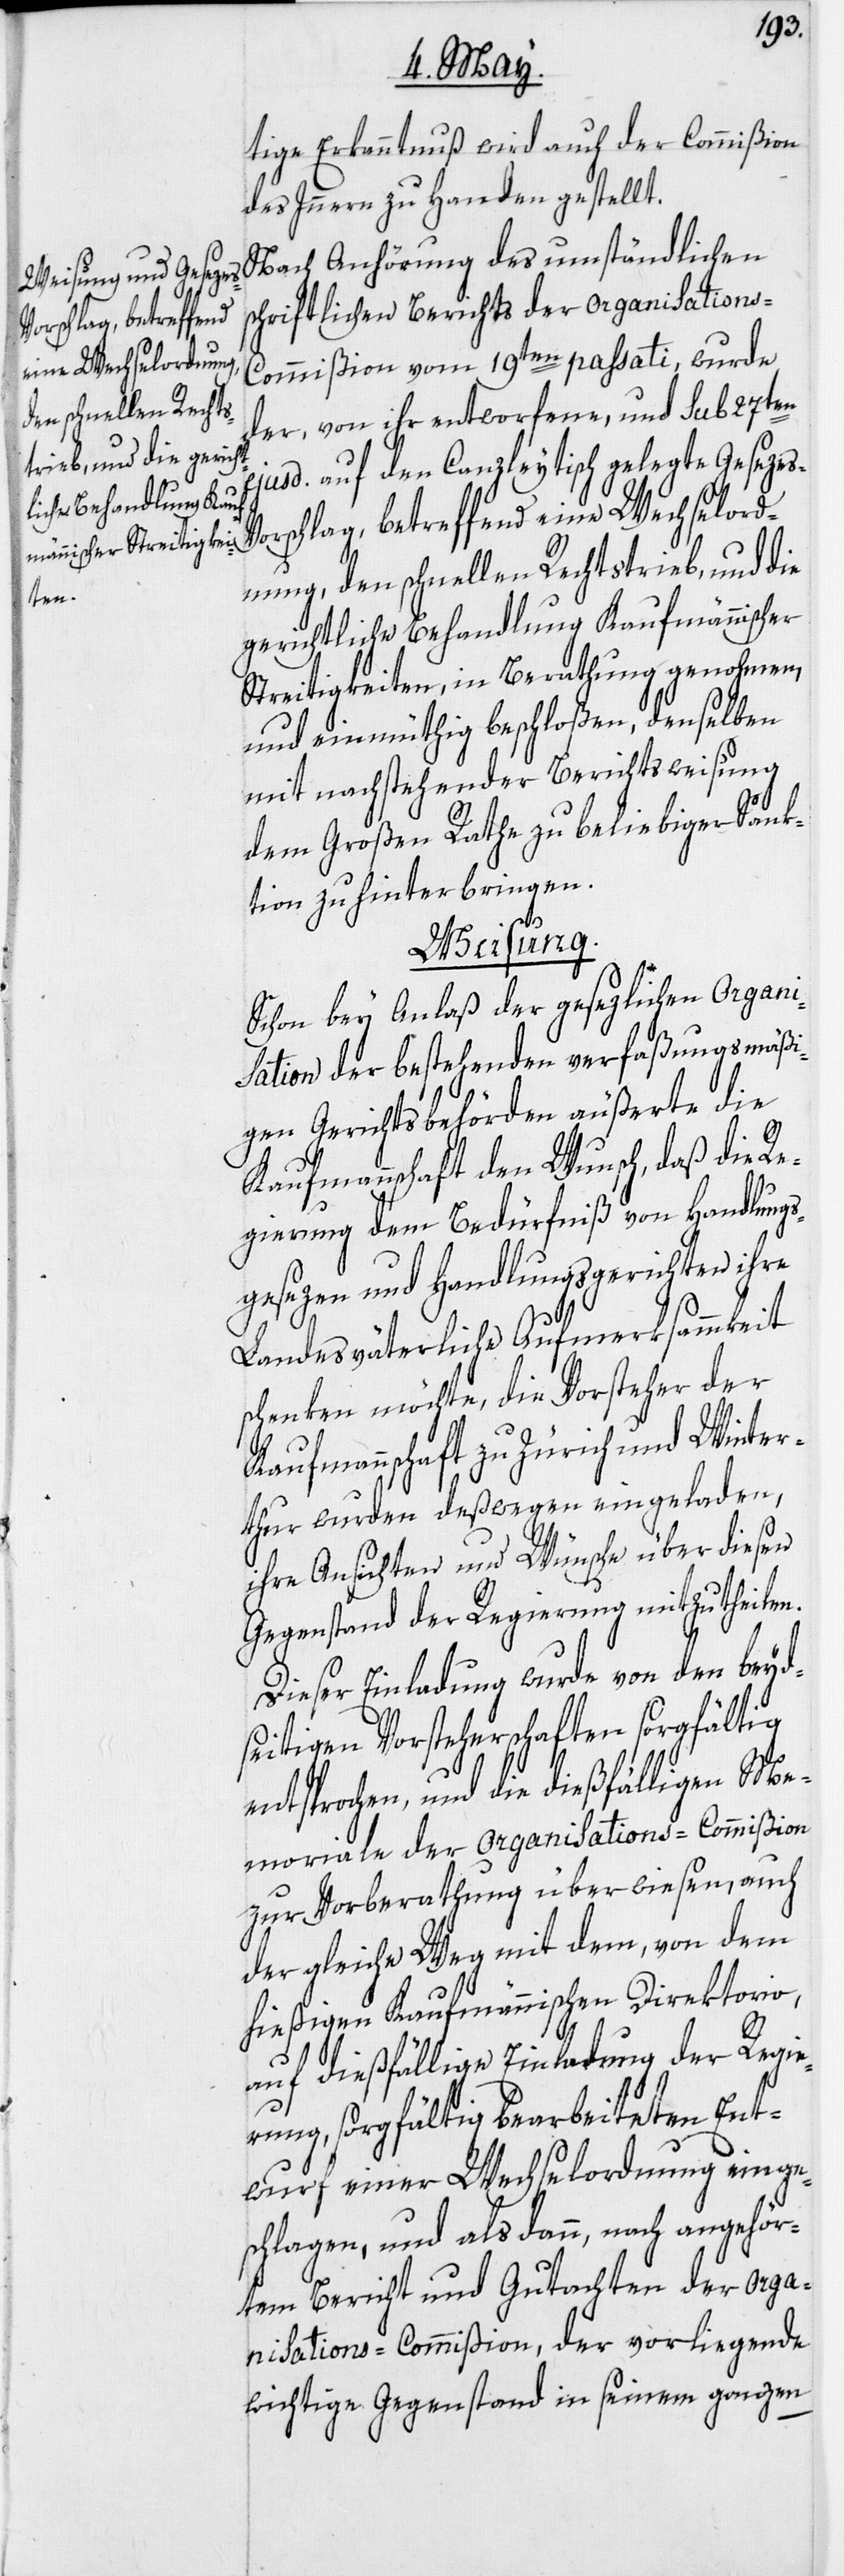
s-V¬
tige Erkanntnuß wird auch der Commißion
des Innern zu Handen gestellt.
Nach Anhörung des umständlichen
schriftlichen Berichts der Organisation¬
s-Commißion vom 19ten passati, wurde
der, von ihr entworfene, und sub 27ten
jusd. auf den Canzleytisch gelegte Geseze¬
orschlag, betreffend eine Wechselord¬
nung, den schnellen Rechtstrieb, und die
gerichtliche Behandlung Kaufmännischer
Streitigkeiten, in Berathung genohmen,
und einmüthig beschloßen, denselben
mit nachstehender Berichtsweisung
dem Großen Rathe zu beliebiger Sank¬
tion zu hinterbringen.
e¬
Weisung.
Schon bey Anlaß der gesezlichen Organi¬
sation der bestehenden verfaßungsmäßi¬
gen Gerichtsbehörden äußerte die
Kaufmannschaft den Wunsch, daß die Re¬
gierung dem Bedürfniß von Handlungs¬
gesezen und Handlungsgerichten ihre
Landesväterliche Aufmerksammkeit
schenken möchte, die Vorsteher der
Kaufmannschaft zu Zürich und Winter¬
thur wurden deßwegen eingeladen,
ihre Ansichten und Wünsche über diesen
Gegenstand der Regierung mitzutheilen.
Dieser Einladung wurde von den beyd¬
seitigen Vorsteherschaften sorgfältig
entsprochen, und die dießfälligen Me¬
moriale der Organisations-Commißion
zur Vorberathung überwiesen, auch
der gleiche Weg mit dem, von dem
hießigen Kaufmännischen Direktorio,
auf dießfällige Einladung der Regie¬
rung, sorgfältig bearbeiteten Ent¬
wurf einer Wechselordnung einge¬
schlagen, und als dann, nach angehör¬
tem Bericht und Gutachten der Orga¬
nisations-Commißion, der vorliegende
wichtige Gegenstand in seinem ganzen